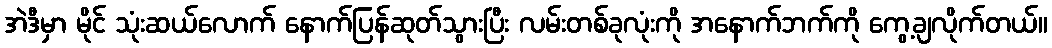
အဲဒီမှာ မိုင် သုံးဆယ်လောက် နောက်ပြန်ဆုတ်သွားပြီး လမ်းတစ်ခုလုံးကို အနောက်ဘက်ကို ကွေ့ချလိုက်တယ်။